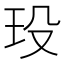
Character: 𤤄